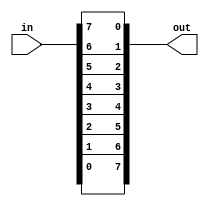
module top_module( 
    input [7:0] in,
    output [7:0] out
);
	generate
        genvar i;
        for (i=0;i<8;i++) begin:conv
            assign out[i] = in[7-i];
        end
    endgenerate
endmodule